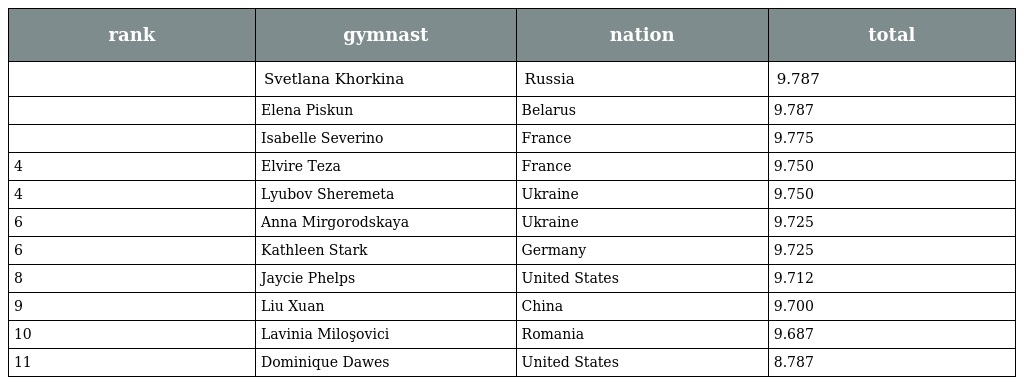
| rank | gymnast | nation | total |
 | --- | --- | --- | --- |
 |  | Svetlana Khorkina | Russia | 9.787 |
 |  | Elena Piskun | Belarus | 9.787 |
 |  | Isabelle Severino | France | 9.775 |
 | 4 | Elvire Teza | France | 9.750 |
 | 4 | Lyubov Sheremeta | Ukraine | 9.750 |
 | 6 | Anna Mirgorodskaya | Ukraine | 9.725 |
 | 6 | Kathleen Stark | Germany | 9.725 |
 | 8 | Jaycie Phelps | United States | 9.712 |
 | 9 | Liu Xuan | China | 9.700 |
 | 10 | Lavinia Miloşovici | Romania | 9.687 |
 | 11 | Dominique Dawes | United States | 8.787 |